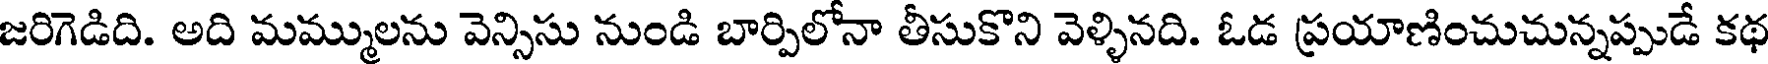
జరిగెడిది. అది మమ్ములను వెన్సిసు నుండి బార్పిలోనా తీసుకొని వెళ్ళినది. ఓడ ప్రయాణించుచున్నప్పుడే కథ